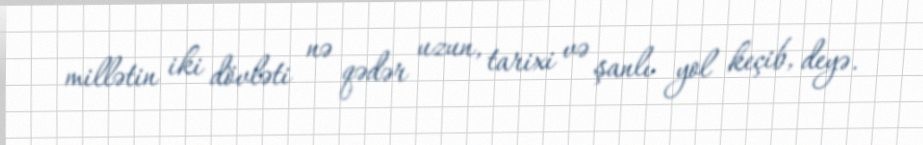
millətin iki dövləti nə qədər uzun, tarixi və şanlı yol keçib, deyə.